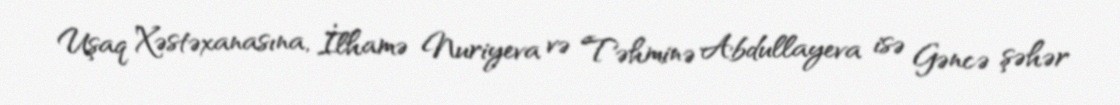
Uşaq Xəstəxanasına, İlhamə Nuriyeva və Təhminə Abdullayeva isə Gəncə şəhər